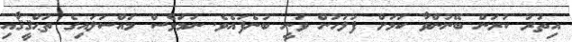
އިތުރު ކުރަން ބޭނުންވާ ކަމަށް ފުލުހުން ވަނީ ބުނެފައެވެ. ނަމަވެސް މައްސަލައިގެ ތަޙްްޤީޤާއި